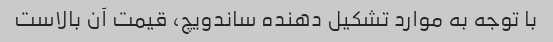
با توجه به موارد تشکیل دهنده ساندویچ، قیمت آن بالاست